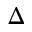
\Delta